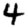
Digit: 4